Scientific memoirs by medical officers of the Army of India - Part VII,
Year: 1892
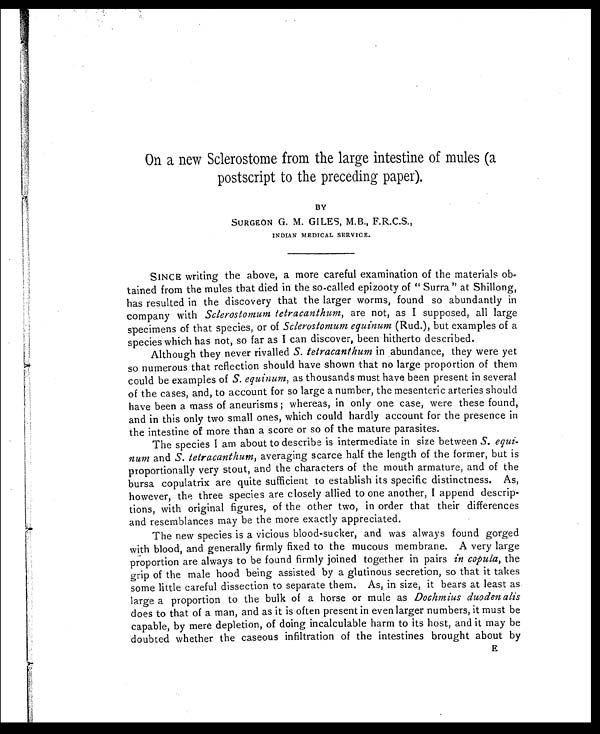
On a new Sclerostome from the large intestine of mules (a
postscript to the preceding paper).
BY
SURGEON G. M. GILES, M.B., F.R.C.S.,
INDIAN MEDICAL SERVICE.
SINCE writing the above, a more careful examination of the materials ob-
tained from the mules that died in the so-called epizooty of " Surra " at Shillong,
has resulted in the discovery that the larger worms, found so abundantly in
company with Sclerostomum tetracanthum, are not, as I supposed, all large
specimens of that species, or of Sclerostomum equinum (Rud.), but examples of a
species which has not, so far as I can discover, been hitherto described.
Although they never rivalled S. tetracanthum in abundance, they were yet
so numerous that reflection should have shown that no large proportion of them
could be examples of S. equinum, as thousands must have been present in several
of the cases, and, to account for so large a number, the mesenteric arteries should
have been a mass of aneurisms ; whereas, in only one case, were these found,
and in this only two small ones, which could hardly account for the presence in
the intestine of more than a score or so of the mature parasites.
The species I am about to describe is intermediate in size between S. equi
-num and S. tetracanthum, averaging scarce half the length of the former, but is
proportionally very stout, and the characters of the mouth armature, and of the
bursa copulatrix are quite sufficient to establish its specific distinctness. As,
however, the three species are closely allied to one another, I append descrip-
tions, with original figures, of the other two, in order that their differences
and resemblances may be the more exactly appreciated.
The new species is a vicious blood-sucker, and was always found gorged
with blood, and generally firmly fixed to the mucous membrane. A very large
proportion are always to be found firmly joined together in pairs in copula, the
grip of the male hood being assisted by a glutinous secretion, so that it takes
some little careful dissection to separate them. As, in size, it bears at least as
large a proportion to the bulk of a horse or mule as Dochmius duodenalis
does to that of a man, and as it is often present in even larger numbers, it must be
capable, by mere depletion, of doing incalculable harm to its host, and it may be
doubted whether the caseous infiltration of the intestines brought about by
E